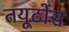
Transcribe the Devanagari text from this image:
तयूटोंस